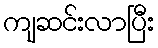
ကျဆင်းလာပြီး